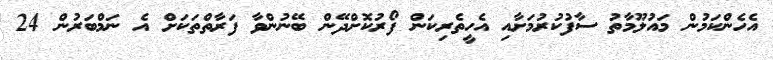
އެހެންކަމުން މައުލޫމާތު ސާފުކުރުމަށާއި އެހީތެރިކަން ފޯރުކޮށްދޭން ބޭނުންވާ ފަރާތްތަކަށް އެ ނަމްބަރުން 24